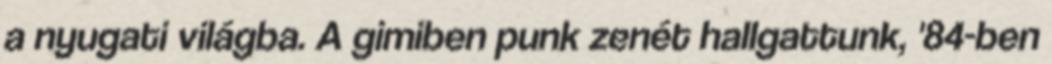
a nyugati világba. A gimiben punk zenét hallgattunk, '84-ben